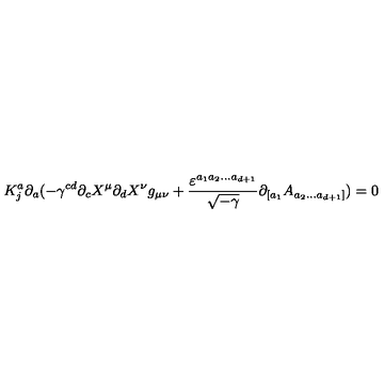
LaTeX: K _ { j } ^ { a } \partial _ { a } ( - \gamma ^ { c d } \partial _ { c } X ^ { \mu } \partial _ { d } X ^ { \nu } g _ { \mu \nu } + \frac { \varepsilon ^ { a _ { 1 } a _ { 2 } . . . a _ { d + 1 } } } { \sqrt { - \gamma } } \partial _ { [ a _ { 1 } } A _ { a _ { 2 } . . . a _ { d + 1 } ] } ) = 0